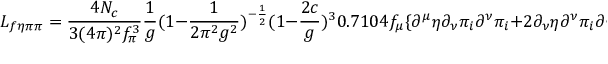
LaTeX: { \cal L } _ { f \eta \pi \pi } = \frac { 4 N _ { c } } { 3 ( 4 \pi ) ^ { 2 } f _ { \pi } ^ { 3 } } { \frac { 1 } { g } } ( 1 - { \frac { 1 } { 2 \pi ^ { 2 } g ^ { 2 } } } ) ^ { - { \frac { 1 } { 2 } } } ( 1 - { \frac { 2 c } { g } } ) ^ { 3 } 0 . 7 1 0 4 f _ { \mu } \{ \partial ^ { \mu } \eta \partial _ { \nu } \pi _ { i } \partial ^ { \nu } \pi _ { i } + 2 \partial _ { \nu } \eta \partial ^ { \nu } \pi _ { i } \partial ^ { \mu } \pi _ { i } \} ,